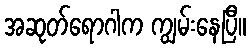
အဆုတ်ရောဂါက ကျွမ်းနေပြီ။